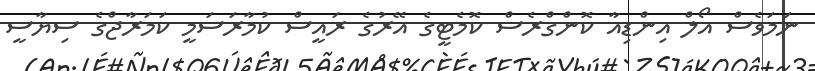
ނަމަވެސް އޯލް އިންޑިއާ ކޮންގްރެސް ކޮމެޓީގެ އޭރުގެ ރައީސް ކުމާރަސަމީ ކަމަރާޖްގެ ސިޔާސީ